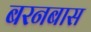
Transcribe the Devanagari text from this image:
बरनबास